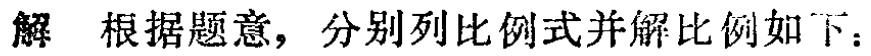
解 根据题意，分别列比例式并解比例如下：